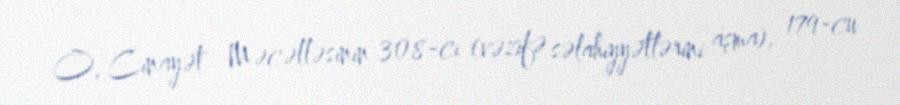
O, Cinayət Məcəlləsinin 308-ci (vəzifə səlahiyyətlərini aşma), 179-cu